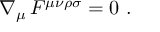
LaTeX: \nabla _ { \mu } \, F ^ { \mu \nu \rho \sigma } = 0 \ .